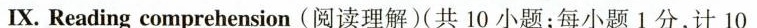
X. Reading comprehension (阅读理解)(共 10 小题;每小题 1分,计 10